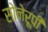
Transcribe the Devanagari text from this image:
सोनेरूपी